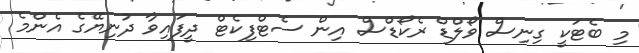
މި ބެޓަކީ ގިނިސް ވޯލްޑް ރެކޯޑްސް އިން ސެޓްފިކެޓް ދީފައިވާ ދުނިޔޭގެ އެންމެ